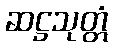
ဆဋ္ဌသုတ္တံ